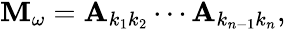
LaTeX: \begin{array}{r}{\mathbf{M}_{\omega}=\mathbf{A}_{k_{1}k_{2}}\cdots\mathbf{A}_{k_{n-1}k_{n}},}\end{array}